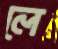
লে